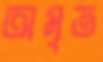
অমৃত